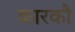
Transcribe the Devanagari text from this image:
कारकौ